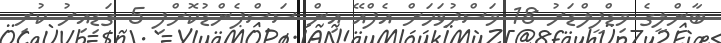
ބާންލީގެ މިޑްފީލްޑަރު 18 މަސްދުވަހަށް އެފްއޭ އިން ސަސްޕެންޑުކޮށްފި 5 ގަޑިއިރު ކުރި